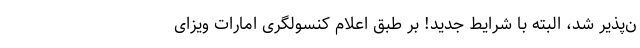
ن‌پذیر شد، البته با شرایط جدید! بر طبق اعلام کنسولگری امارات ویزای